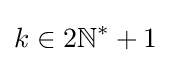
k\in 2\mathbb {N} ^{*}+1